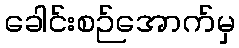
ခေါင်းစဉ်အောက်မှ